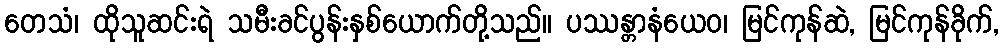
တေသံ၊ ထိုသူဆင်းရဲ သမီးခင်ပွန်းနှစ်ယောက်တို့သည်။ ပဿန္တာနံယေဝ၊ မြင်ကုန်ဆဲ, မြင်ကုန်ခိုက်,